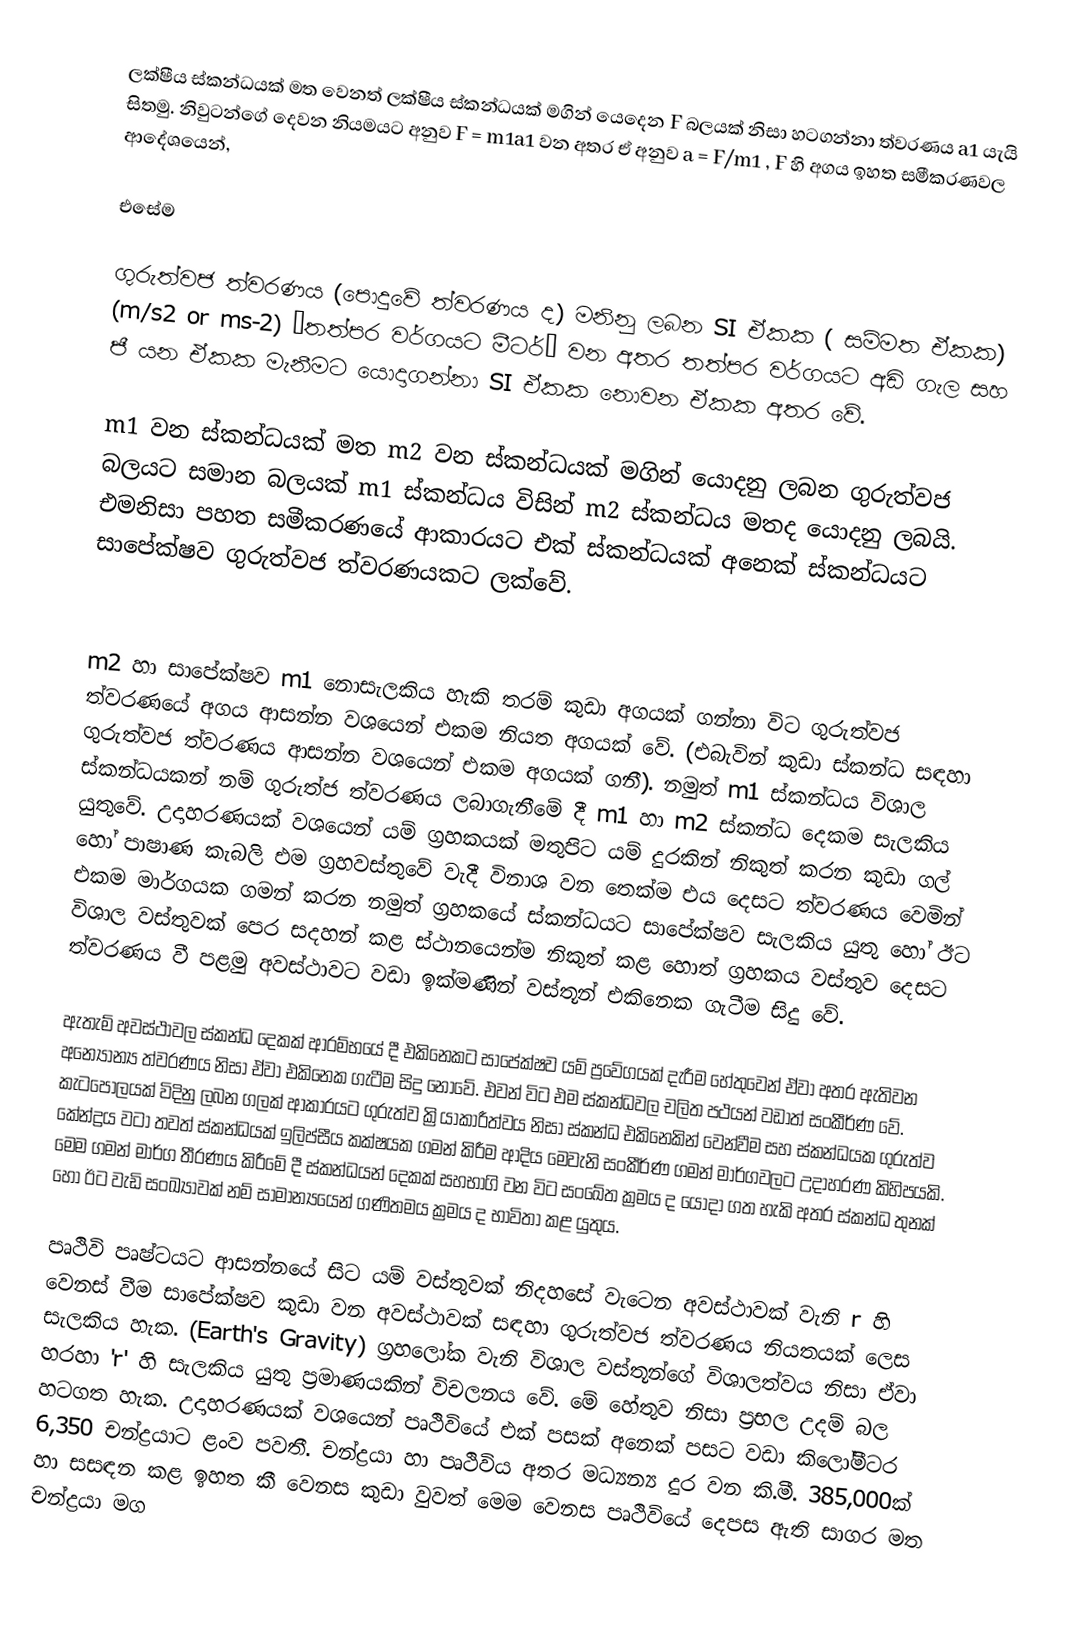
ලක්ෂීය ස්කන්ධයක් මත වෙනත් ලක්ෂීය ස්කන්ධයක් මගින් යෙදෙන F බලයක් නිසා හටගන්නා ත්වරණය a1  යැයි සිතමු. නිවුටන්ගේ දෙවන නියමයට අනුව  F = m1a1  වන අතර ඒ අනුව  a = F/m1  , F හි අගය ඉහත සමීකරණවල ආදේශයෙන්,

	       	එසේම

ගුරුත්වජ ත්වරණය (පොදුවේ ත්වරණය ද) මනිනු ලබන SI  ඒකක ( සම්මත ඒකක) (m/s2 or ms-2) “තත්පර වර්ගයට මීටර්” වන අතර තත්පර වර්ගයට අඩි ගැල සහ ජී යන ඒකක මැනීමට යොදාගන්නා  SI  ඒකක නොවන ඒකක අතර වේ.

m1  වන ස්කන්ධයක් මත m2  වන ස්කන්ධයක් මගින් යොදනු ලබන ගුරුත්වජ බලයට සමාන බලයක් m1 ස්කන්ධය විසින්  m2  ස්කන්ධය මතද යොදනු ලබයි. එමනිසා පහත සමීකරණයේ ආකාරයට එක් ස්කන්ධයක් අනෙක් ස්කන්ධයට සාපේක්ෂව ගුරුත්වජ ත්වරණයකට ලක්වේ.

m2  හා සාපේක්ෂව m1 නොසැලකිය හැකි තරම් කුඩා අගයක් ගන්නා විට ගුරුත්වජ ත්වරණයේ අගය ආසන්න වශයෙන් එකම නියත අගයක් වේ. (එබැවින් කුඩා ස්කන්ධ සඳහා ගුරුත්වජ ත්වරණය ආසන්න වශයෙන් එකම අගයක් ගනී). නමුත් m1 ස්කන්ධය විශාල ස්කන්ධයකන් නම් ගුරුත්ජ ත්වරණය ලබාගැනීමේ දී  m1 හා m2 ස්කන්ධ දෙකම සැලකිය යුතුවේ. උදාහරණයක් වශයෙන් යම් ග්‍රහකයක් මතුපිට යම් දුරකින් නිකුත් කරන කුඩා ගල් හෝ පාෂාණ කැබලි එම ග්‍රහවස්තුවේ වැදී විනාශ වන තෙක්ම එය දෙසට ත්වරණය වෙමින් එකම මාර්ගයක ගමන් කරන  නමුත් ග්‍රහකයේ ස්කන්ධයට සාපේක්ෂව සැලකිය යුතු හෝ ඊට විශාල වස්තුවක් පෙර සදහන් කළ ස්ථානයෙන්ම නිකුත් කළ හොත් ග්‍රහකය වස්තුව දෙසට ත්වරණය වී පළමු අවස්ථාවට වඩා ඉක්මණින් වස්තූන් එකිනෙක ගැටීම සිදු වේ.

ඇතැම් අවස්ථාවල ස්කන්ධ දෙකක් ආරම්භයේ දී එකිනෙකට සාපේක්ෂව යම් ප්‍රවේගයක් දැරීම හේතුවෙන් ‍ඒවා අතර ඇතිවන අන්‍යෝන්‍ය ත්වරණය නිසා ඒවා එකිනෙක ගැටීම සිදු නොවේ. එවන් විට එම ස්කන්ධවල චලිත පථයන් වඩාත් සංකීර්ණ වේ. කැටපෝලයක් විදිනු ලබන ගලක් ආකාරයට ගුරුත්ව ක්‍රියාකාරීත්වය නිසා ස්කන්ධ එකිනෙකින් වෙන්වීම සහ ස්කන්ධයක  ගුරුත්ව කේන්ද්‍රය වටා තවත් ස්කන්ධයක් ඉලිප්සීය කක්ෂයක ගමන් කිරීම ආදිය මෙවැනි සංකීර්ණ ගමන් මාර්ගවලට උදාහරණ කිහිපයකි. මෙම ගමන් මාර්ග තීරණය කිරීමේ දී ස්කන්ධයන් දෙකක් සහභාගි වන විට සංඛේත ක්‍රමය ද යොදා ගත හැකි අතර ස්කන්ධ තුනක් හෝ ඊට වැඩි සංඛ්‍යාවක් නම් සාමාන්‍යයෙන් ගණිතමය ක්‍රමය ද භාවිතා කළ යුතුය.

පෘථිවි පෘෂ්ටයට ආසන්නයේ සිට යම් වස්තුවක් නිදහසේ වැටෙන අවස්ථාවක් වැනි r හි වෙනස් වීම සාපේක්ෂව කුඩා වන අවස්ථාවක් සඳහා ගුරුත්වජ ත්වරණය නියතයක් ලෙස සැලකිය හැක. (Earth's Gravity)  ග්‍රහලෝක වැනි විශාල වස්තූන්ගේ විශාලත්වය නිසා  ඒවා හරහා 'r' හි සැලකිය යුතු ප්‍රමාණයකින් විචලනය වේ. මේ හේතුව නිසා ප්‍රභල උදම් බල හටගත හැක. උදාහරණයක් වශයෙන් පෘථිවියේ එක් පසක් අනෙක් පසට වඩා කිලෝමීටර 6,350 චන්ද්‍රයාට ළංව පවතී. චන්ද්‍රයා හා පෘථිවිය අතර මධ්‍යන්‍ය දුර වන කි.මී. 385,000ක් හා සසඳන කළ ඉහත කී වෙනස කුඩා වුවත් මෙම වෙනස පෘථිවියේ දෙපස ඇති සාගර මත චන්ද්‍රයා මග